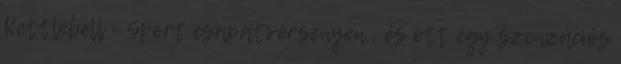
Kettlebell - Sport csapatversenyen , és ott egy szenzációs